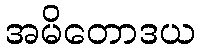
အမိတောဒယ